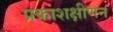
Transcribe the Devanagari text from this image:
प्रकाशक्षीणन